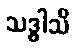
သဒ္ဓါသိ